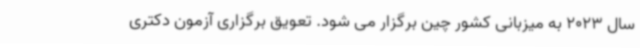
سال 2023 به میزبانی کشور چین برگزار می شود. تعویق برگزاری آزمون دکتری